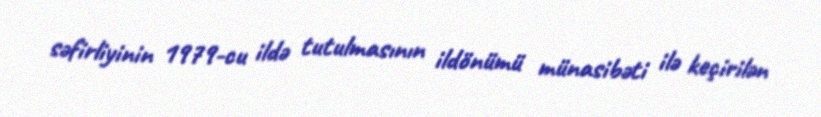
səfirliyinin 1979-cu ildə tutulmasının ildönümü münasibəti ilə keçirilən